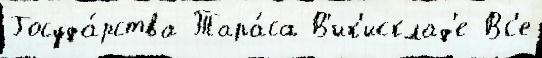
Госуда́рства Тара́са В'ик'исклад'е Вс'е